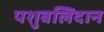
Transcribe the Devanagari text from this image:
पशुबलिदान